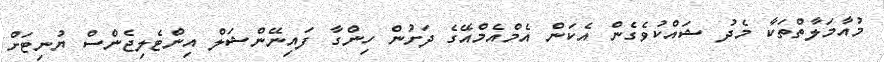
މުއާމަލާތްތަކާ މެދު ޝައްކުވެގެން އެކަން އެމްއެމްއޭގެ ދަށުން ހިންގާ ފައިނޭންޝަލް އިންޓެލިޖެންސް ޔުނިޓަށް